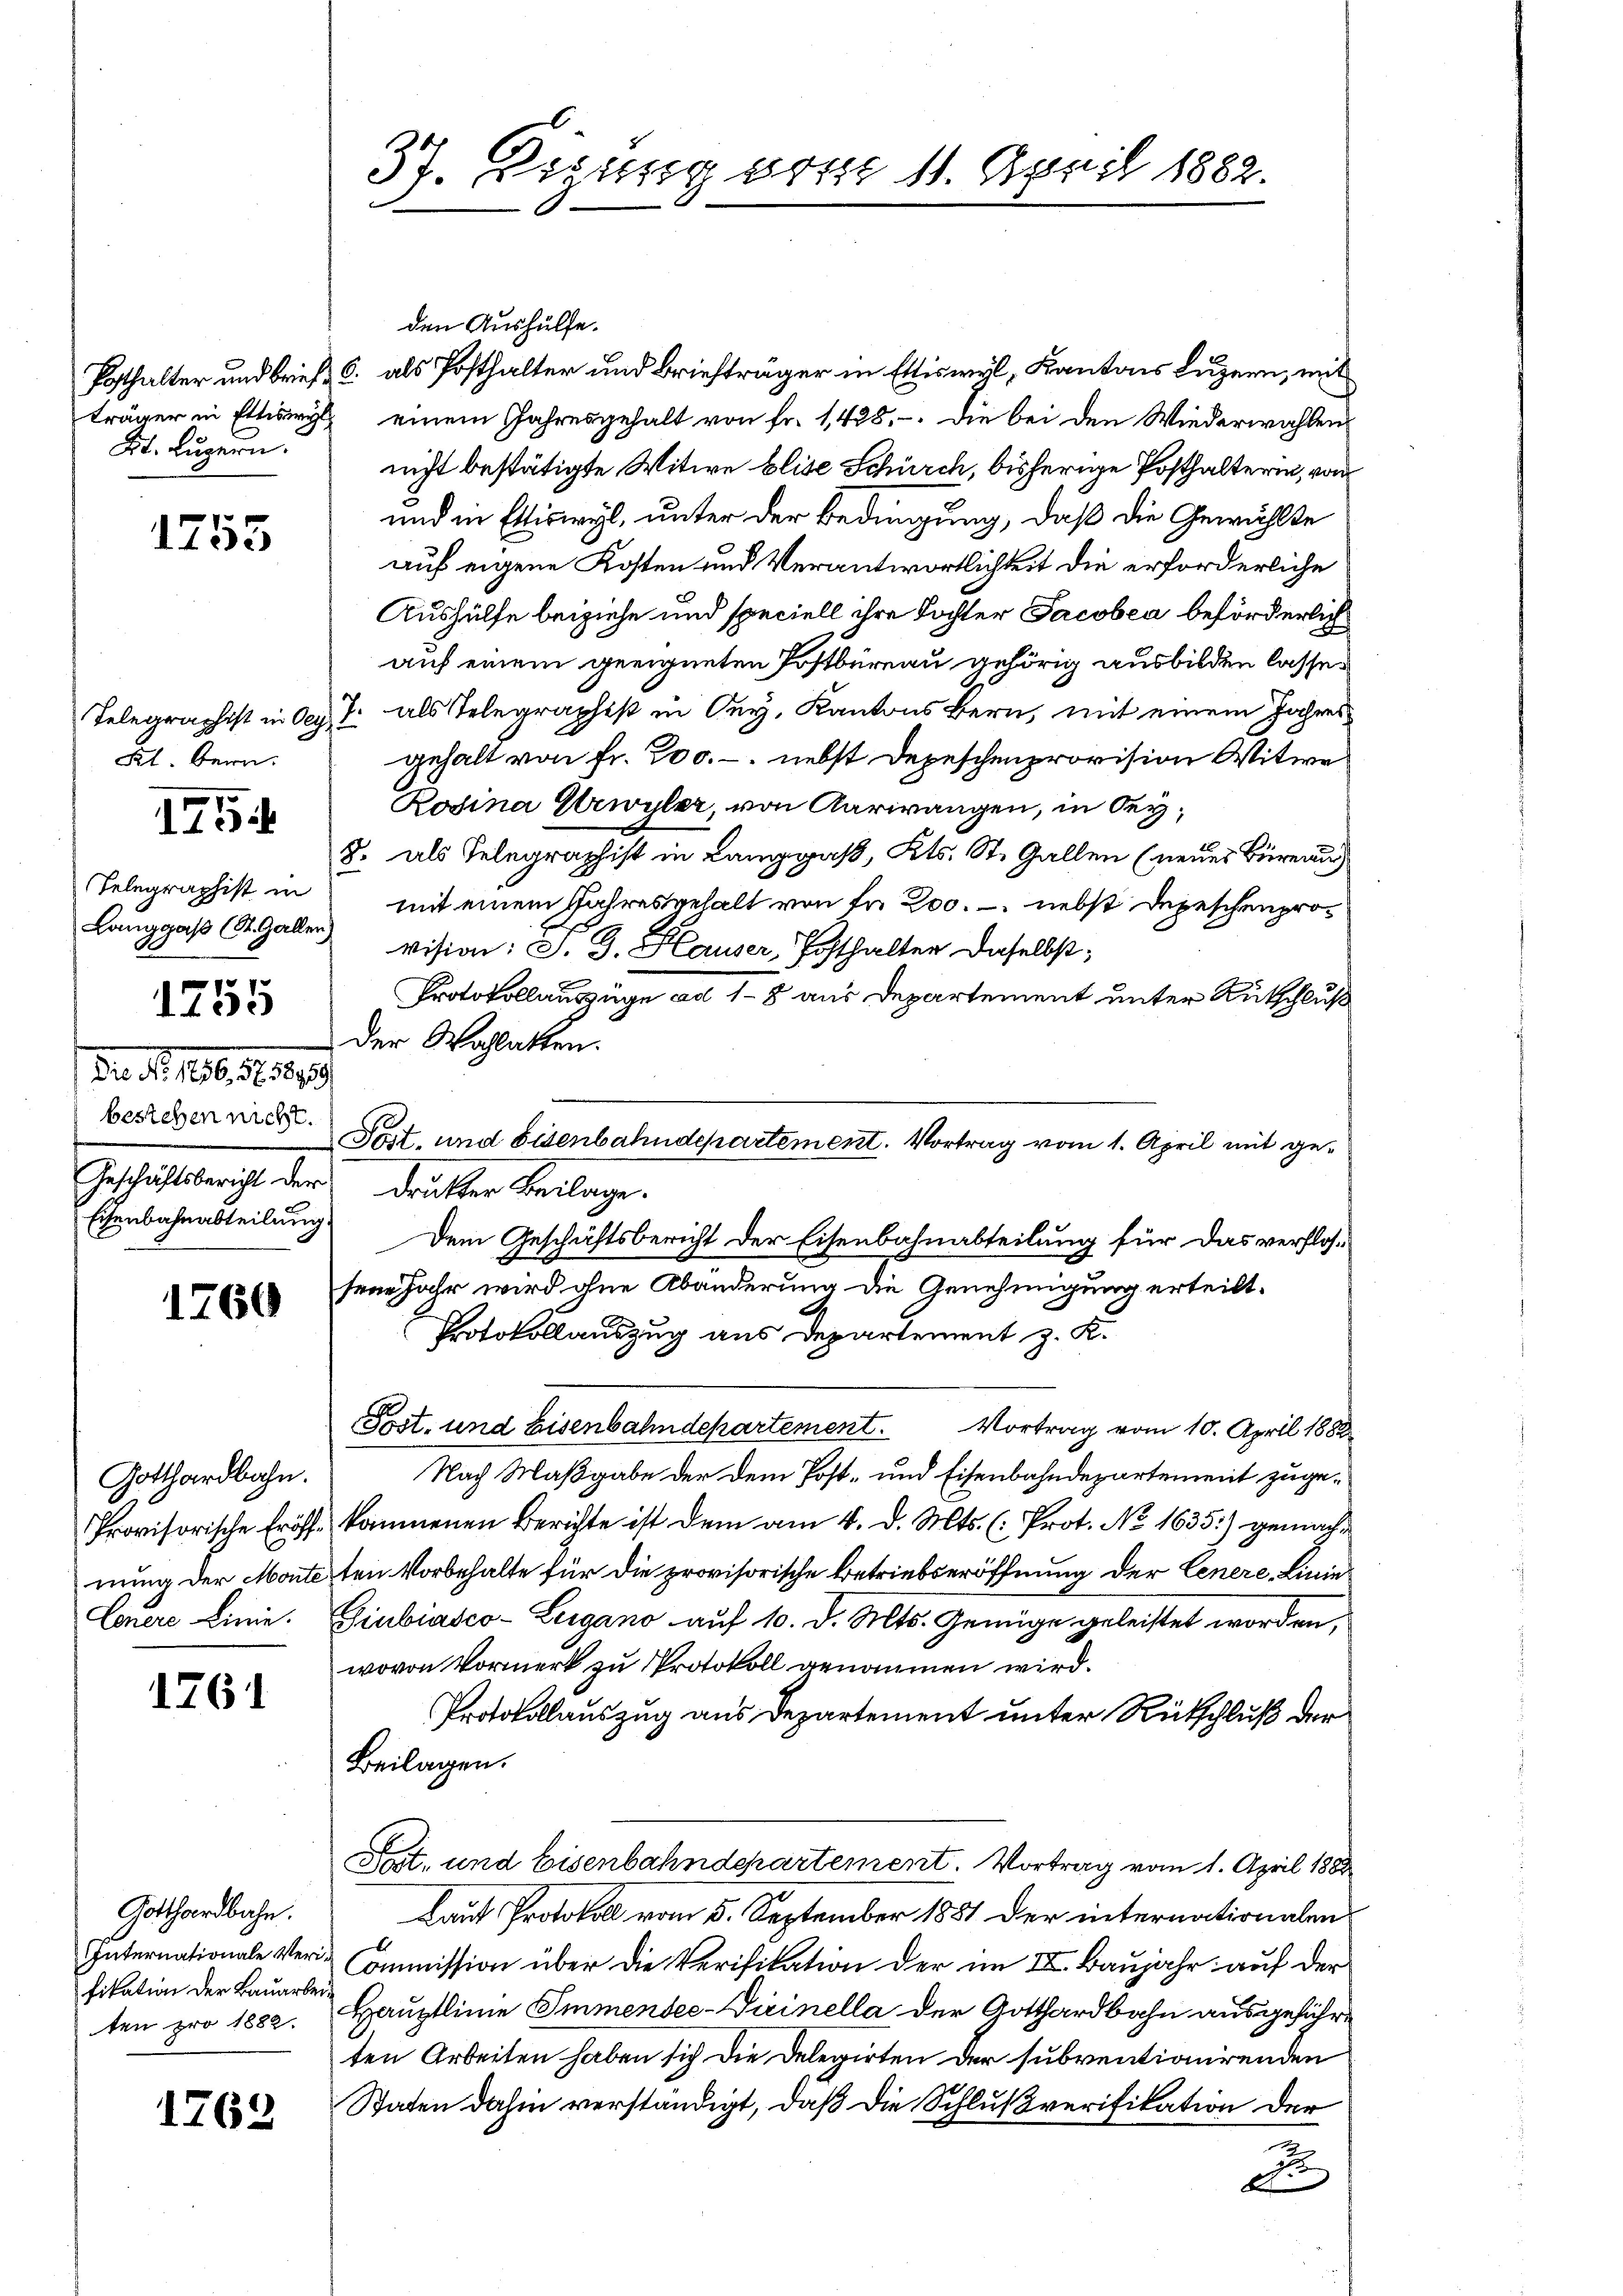
träger in Ettistri
Kt. Luzern.

1755

Frl. Bern.
Selegraphist in
Langgass (St. Galler)
1755
Dr. d. 1806. 1889.
bestehen nicht.
Gehalt nicht der
Eisenbahnabteilung

1754

1760

Gotthardbahn.
Provisorische Eröffe
nung der Monte
Conere Linie.

1761

Gotthardbahn.
Internationale Verifikation der Bauarbeiten pro 1882

1763.

37. Dessig vom 11. April 1882.

den Aushülfe.
Posthalter und brief C. als Posthalter und Briefträger in Ettiswyl, Kantons Luzern, mit
einem Jahresgehalt von Fr. 1428. Die bei den Wiederwahlen
nicht bestätigte Witwe Elise Schürch, bisherige Posthalterin, von
und in Ettiswyl, unter der Bedingung, daß die Gewählte
auf eigene Kosten und Verantwortlichkeit die erforderliche
Aushülfe beiziehe und speciell ihre Tochter Jacobea beförderlich
auf einem geeigneten Postbüreau gehörig ausbilden lasse.
Telegraphist in Org. T. als Telegraphest in sey, Kantons Bern, mit einem Jahres
gehalt von fr. 200. - nebst Depeschenprovision Witwe
Rodina Grwyler, von Aargangen, in bey¬
8. als Telegraphist in Langgaß, Kts. St. Gallen (neues Büreau
mit einem Jahreserhalt von fr. 200. nebst Depeschenprovision: P. G. Hauser, Echthalter daselbst;
Protokollauszüge ad 18 aus Departement unter Rückschluß
der Wahlatten.
Post, und Eisenbahndepartement. Vortrag vom 1. April mit gedrakter Beilage.
Dem Geschichtsbericht der Eisenbahnabteilung für das verflossein Jahr wird ohne Abänderung die Genehmigung erteilt.
Protokollauszug aus Departement z. K.
Post- und Eisenbahndepartement. Vortrag vom 10. April 1882
Nach Maßgabe der dem Post- und Eisenbahndepartement zugekommenen Berichte ist dem am 4. d. Mts. (: Prot. No 1635.) gemachten Vorbehalte für die provisorische Betriebseröffnung der Cenere, Linie
Giubiasco-Lugano auf 10. d. Mts. Genüge geleistet worden,
wovon Vormerk zu Protokoll genommen wird.
Protokollauszug aus Departement unter Rückschluß der
Beilagen.
Post- und Eisenbahndepartement. Vortrag vom 1. April 1888
Laut Protokoll vom 5. September 1881 der internationalen
ommission über die Verifikation der im II. Baujahr auf der
Hauptlinie Immensee-Dirinella der Gotthardbahn ausgeführten Arbeiten haben sich die Delegirten der subventionirenden
Staten dahin verständigt, daß die Schlußverifikation der
.
d